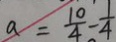
a = \frac { 1 0 } { 4 } - \frac { 1 } { 4 }